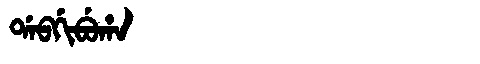
Manchu: ᡩᠠᠪᡤᡳᠪᡠᡥᠠ
Romanization: DABGIBUHA